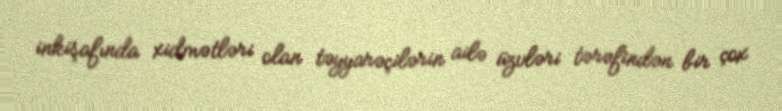
inkişafında xidmətləri olan təyyarəçilərin ailə üzvləri tərəfindən bir çox